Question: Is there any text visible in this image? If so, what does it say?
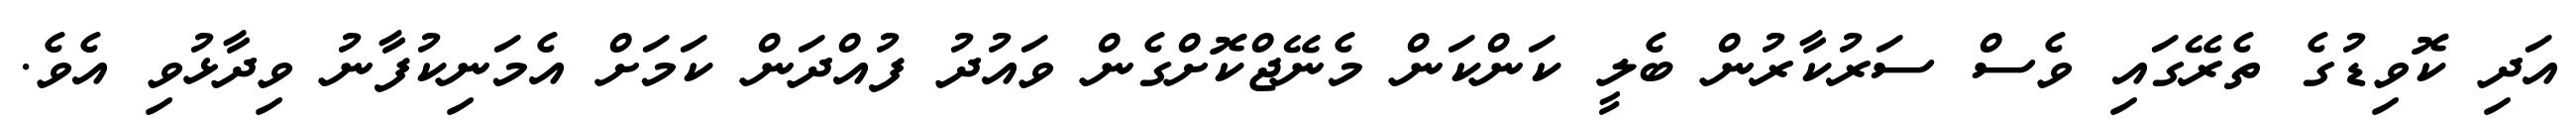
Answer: އަދި ކޮވިޑުގެ ތެރޭގައި ވެސް ސަރުކާރުން ބެލީ ކަންކަން މެނޭޖްކޮށްގެން ވައުދު ފުއްދަން ކަމަށް އެމަނިކުފާނު ވިދާޅުވި އެވެ.